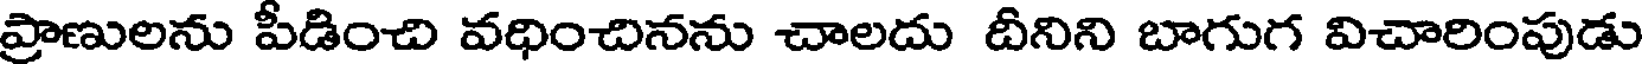
ప్రాణులను పీడించి వధించినను చాలదు దీనిని బాగుగ విచారింపుడు